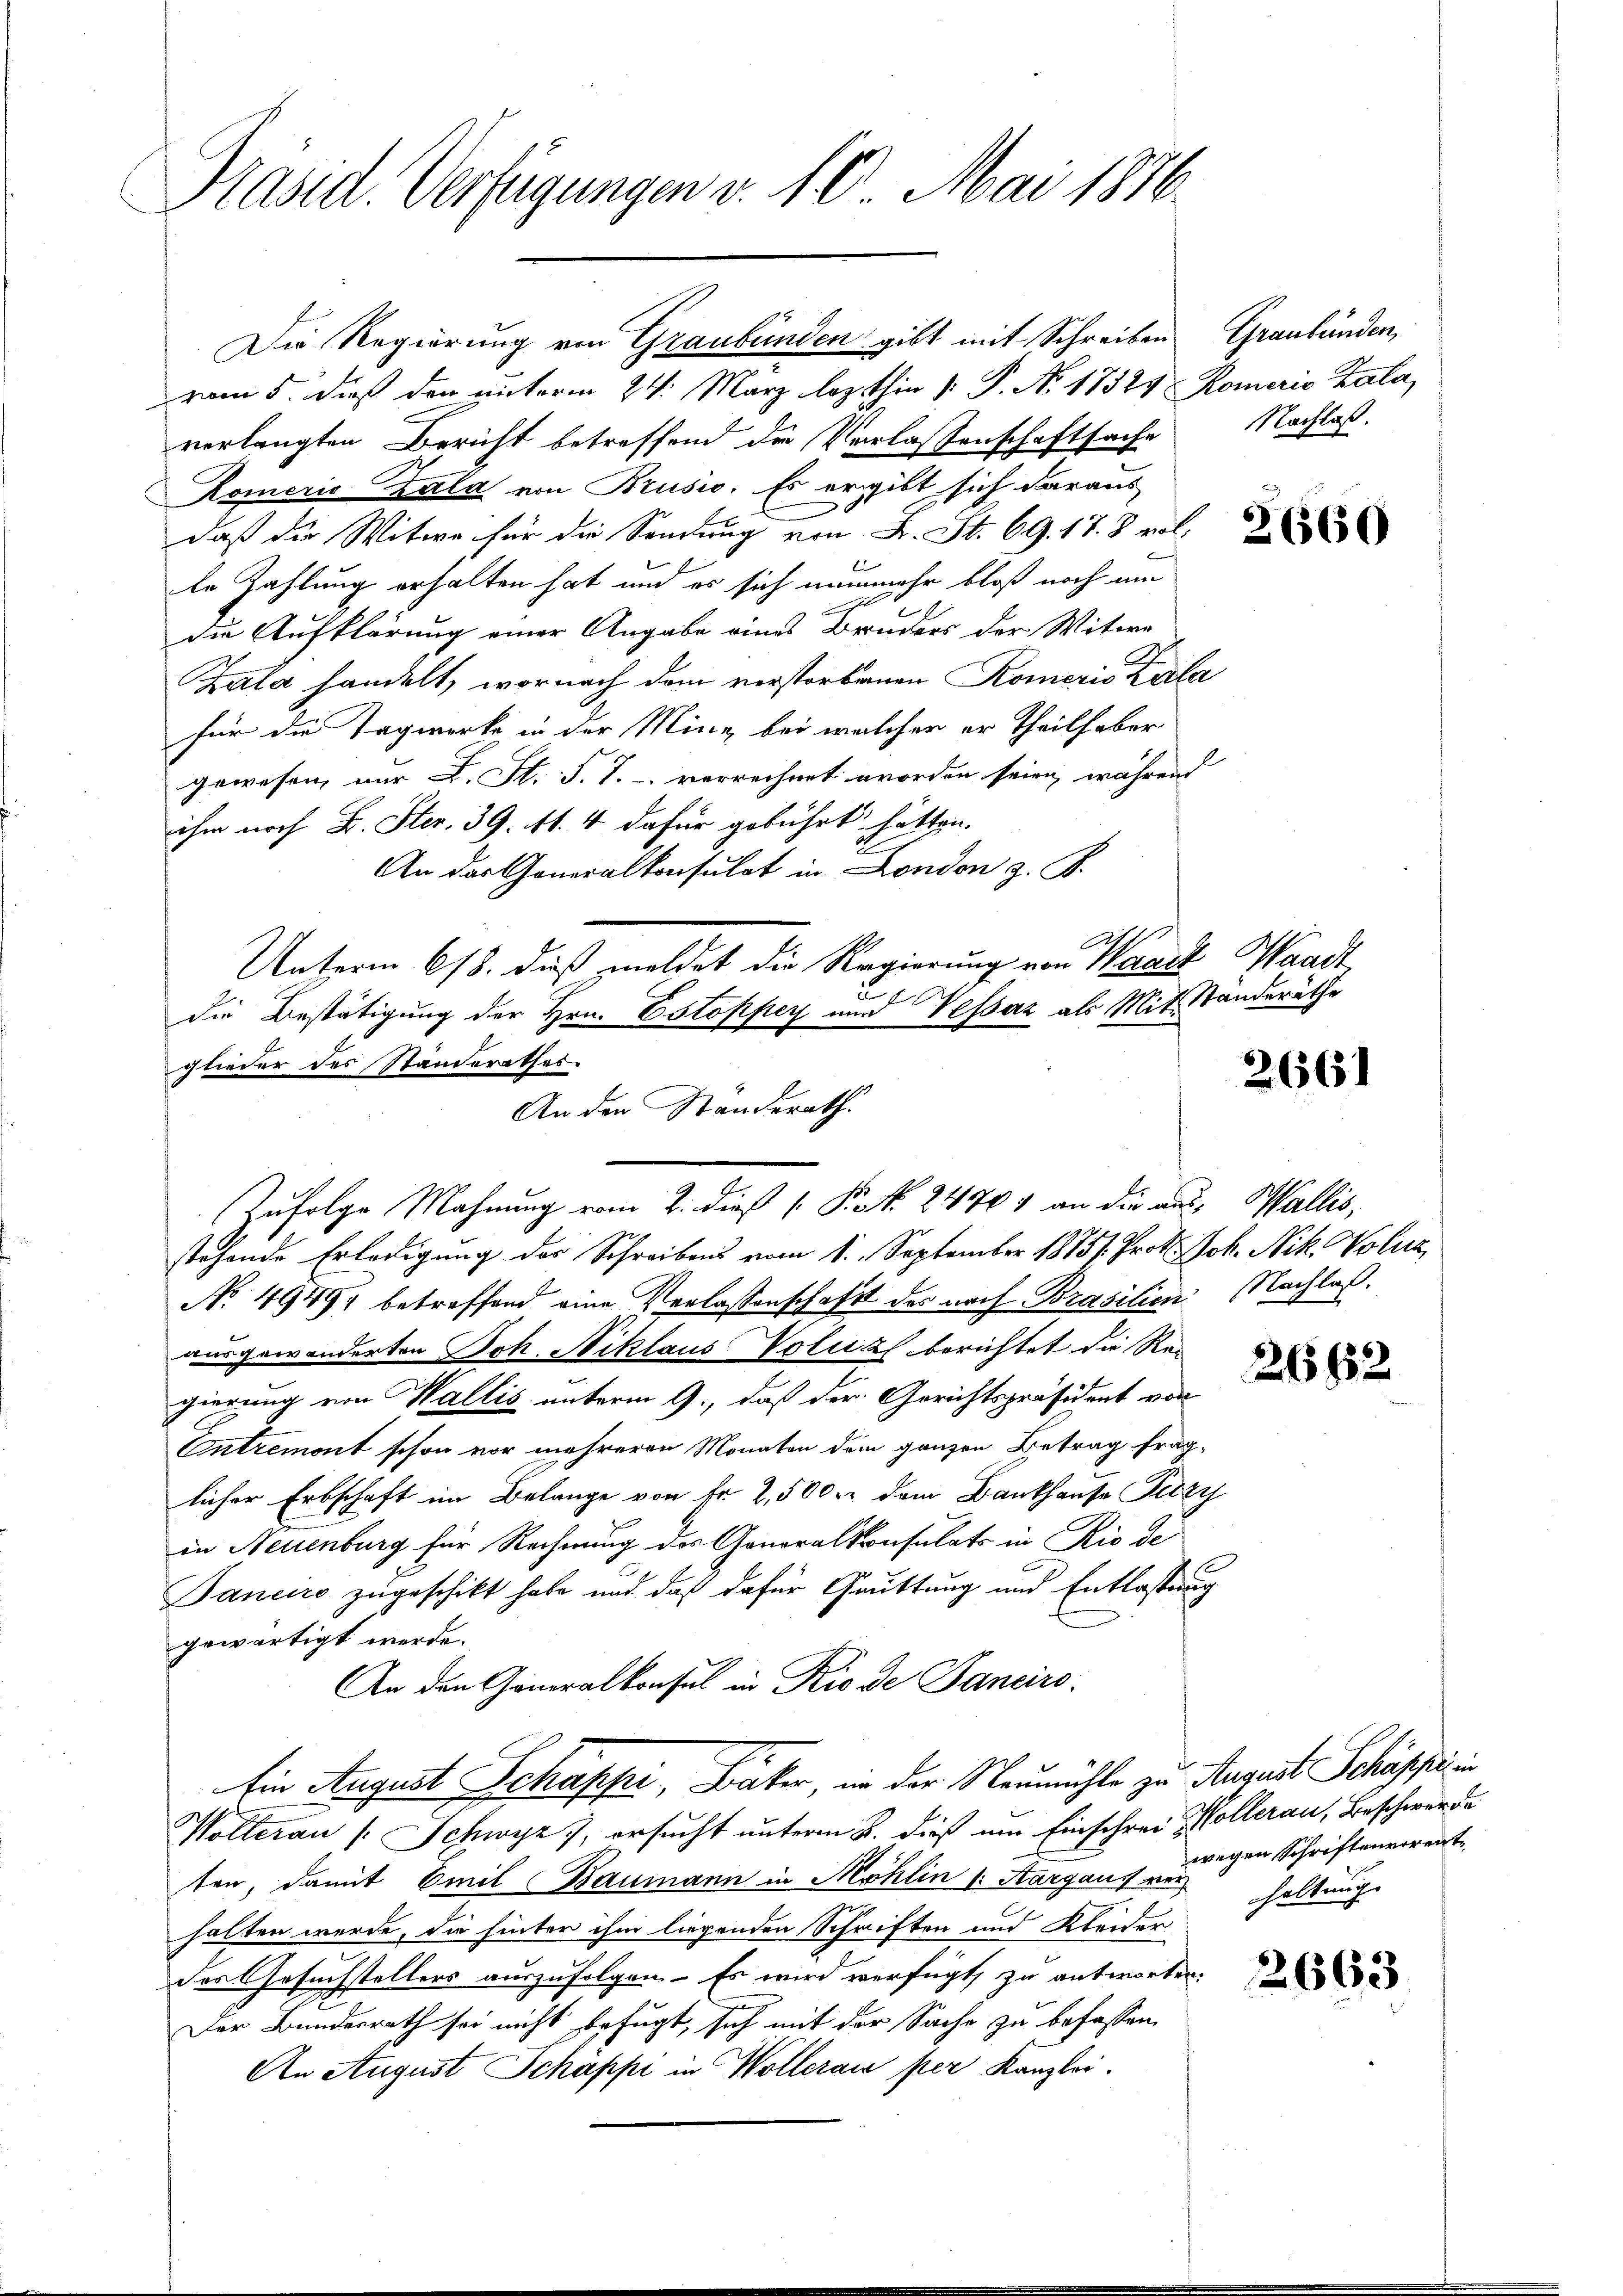
Präsid. Verfügungen v. 10. Mai 1876.

Die Regierung von Graubünden gibt mit Schreiben Graubünden,
vom 5. dieß den unterm 24. März lezthin 1. P. Nr. 17329 Romerio Zala,
verlangten Bericht betreffend der Verlassenschaftsache Nachlaß.
Komerić Zala von Brusio. Es ergibt sich daraus
daß die Witwe für die Sendung von L. St. 69. 17. 8 vol
le Zahlung erhalten hat und es sich nunmehr bloß noch um
a
die Aufklärung einer Angabe eines Bruders der Witwe
Zala handelt, wornach dem verstorbenen Komeris Zula
für die Tagwerke in der Mine, bei welcher er theilhaber
gewesen, nur L. St. J. J. verrechnet worden seien während |
ihm noch B. Ster. 39. 11. 4 dafür gebührt hätten.
An das Generalkonsulat in London z. B.
Unterm 618. dieß meldet die Regierung von Waadt, Waadt,
die Bestätigung der Hrn. Estopper und Vessaz als Mit Standeräthe
glieder des Standerathes
stehende Erledigung des Schreibens vom 1. September 1885/. Prot. Joh. Nik. Poliz
No 4949, betreffend eine Verlassenschaft des nach Brasilien Nachlaß.
ausgewanderten Joh. Niklaus Volus berichtet die Reigierung von Wallis unterm 9., daß der Gerichtspräsident von
Entremont schon vor mehreren Monaten dem ganzen Betrag frag-
licher Erbschaft im Belange von Fr. 2,500. dem Bankhause Szy
in Neuenburg für Rechnung des Generalkonsulats in Rio de
Janeiro zugeschikt habe und daß dafür Gauttung und Entlastung
gewärtigt werde.
An den Generalkonsul in Rio de Janeiro
Ein August Schäppi, Bäker, in der Neumühle zu August Schäppi in
Wolleran /: Schwyz 7, ersucht unterm 2. dieß um Einschrei Kollerau, Beschwerde
ten, damit Emil Baumann in Möhlin /: Aargaus verhalten werde, die hinter ihm liegenden Schriften und Kleider
des Gesuchstellers auszufolgen. Es wird verfügt, zu antworten.
Der Bundesrath sei nicht befugt, sich mit der Sache zu befassen.
An August Schäppi in Wollerais per Kanzlei.

An den Standerath
Zufolge Mahnung vom 2. dieß ( Pct. 24704 an die aus, Wallis,

2661

2662

wegen Schriftenvorente
haltung.